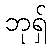
ဘုရှ်